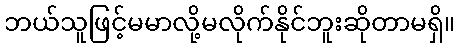
ဘယ်သူဖြင့်မမာလို့မလိုက်နိုင်ဘူးဆိုတာမရှိ။